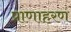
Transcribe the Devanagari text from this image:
प्राणाहरण